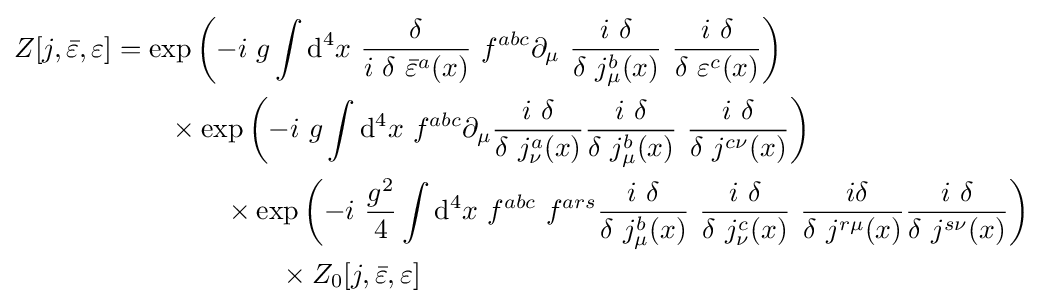
{\begin{aligned}Z[j,{\bar {\varepsilon }},\varepsilon ]&=\exp \left(-i\ g\int \mathrm {d} ^{4}x\ {\frac {\delta }{i\ \delta \ {\bar {\varepsilon }}^{a}(x)}}\ f^{abc}\partial _{\mu }\ {\frac {i\ \delta }{\delta \ j_{\mu }^{b}(x)}}\ {\frac {i\ \delta }{\delta \ \varepsilon ^{c}(x)}}\right)\\&\qquad \times \exp \left(-i\ g\int \mathrm {d} ^{4}x\ f^{abc}\partial _{\mu }{\frac {i\ \delta }{\delta \ j_{\nu }^{a}(x)}}{\frac {i\ \delta }{\delta \ j_{\mu }^{b}(x)}}\ {\frac {i\ \delta }{\delta \ j^{c\nu }(x)}}\right)\\&\qquad \qquad \times \exp \left(-i\ {\frac {g^{2}}{4}}\int \mathrm {d} ^{4}x\ f^{abc}\ f^{ars}{\frac {i\ \delta }{\delta \ j_{\mu }^{b}(x)}}\ {\frac {i\ \delta }{\delta \ j_{\nu }^{c}(x)}}\ {\frac {\ i\delta }{\delta \ j^{r\mu }(x)}}{\frac {i\ \delta }{\delta \ j^{s\nu }(x)}}\right)\\&\qquad \qquad \qquad \times Z_{0}[j,{\bar {\varepsilon }},\varepsilon ]\end{aligned}}